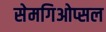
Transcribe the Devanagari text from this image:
सेमगिओप्सल